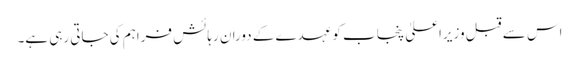
اس سے قبل وزیراعلیٰ پنجاب کو عہدے کے دوران رہائش فراہم کی جاتی رہی ہے۔